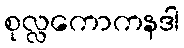
စုလ္လကောကနဒါ